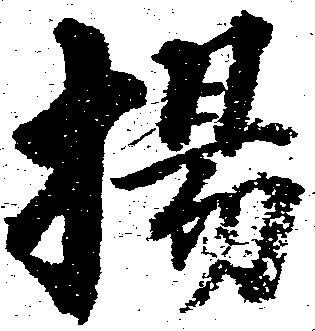
揚